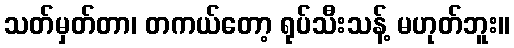
သတ်မှတ်တာ၊ တကယ်တော့ ရုပ်သီးသန့် မဟုတ်ဘူး။